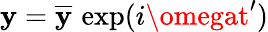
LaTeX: \mathbf{y}=\overline{{{\mathbf{y}}}}\, \exp(i\omegat^{\prime})